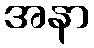
အနာ